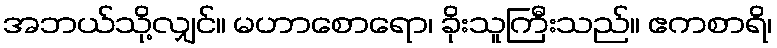
အဘယ်သို့လျှင်။ မဟာစောရော၊ ခိုးသူကြီးသည်။ ဧကစာရိ၊